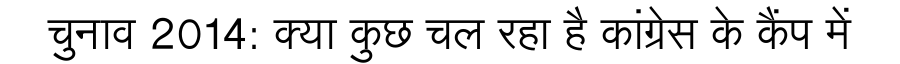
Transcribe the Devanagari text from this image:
चुनाव 2014: क्या कुछ चल रहा है कांग्रेस के कैंप में